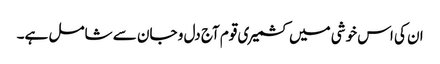
ان کی اس خوشی میں کشمیری قوم آج دل و جان سے شامل ہے۔